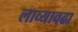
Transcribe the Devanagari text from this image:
लाव्यावढा